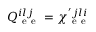
Q _ { \mathrm { ~ e ~ e ~ } } ^ { i l j } = \chi _ { \mathrm { ~ e ~ e ~ } } ^ { ' j l i }